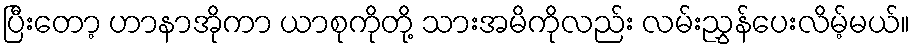
ပြီးတော့ ဟာနာအိုကာ ယာစုကိုတို့ သားအမိကိုလည်း လမ်းညွှန်ပေးလိမ့်မယ်။